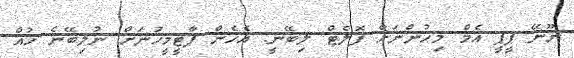
ނޫނޭ ޕީޕީ އެމް މިހުންނަށް ފޮލެޓް ލިބޭނީ. އެހެން ޕާޓީމީހުނަށް ނުލިބޭނެ ހުއް